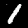
Digit: 1